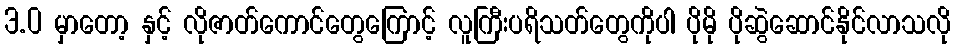
3.0 မှာတော့ နှင့် လိုဇာတ်ကောင်တွေကြောင့် လူကြီးပရိသတ်တွေကိုပါ ပိုမို ပိုဆွဲဆောင်နိုင်လာသလို